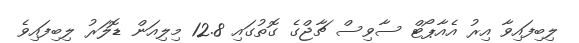
ލިބިފައިވާ އިރު އެއާޕޯޓް ސާވިސް ޗާޖްގެ ގޮތުގައި 12.8 މިލިއަން ޑޮލަރު ލިބިފައިވެ